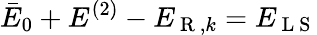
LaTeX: \bar{E}_{0}+E^{(2)}-E_{\mathrm{~R~},k}=E_{\mathrm{~L~S~}}